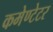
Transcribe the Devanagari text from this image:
कमेण्टेटर